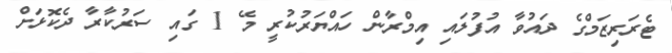
ޓެރަރިޒަމްގެ ދައުވާ އުފުލައި އިމްރާން ހައްޔަރުކުރީ މޭ 1 ގައި ސަރުކާރާ ދެކޮޅަށް